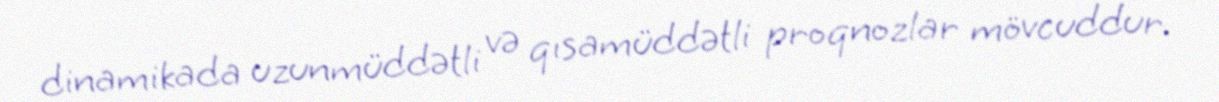
dinamikada uzunmüddətli və qısamüddətli proqnozlar mövcuddur.